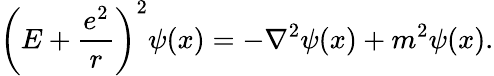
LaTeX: \left(E+{\frac{e^{2}}{r}}\right)^{2}\psi(x)=-\nabla^{2}\psi(x)+m^{2}\psi(x).